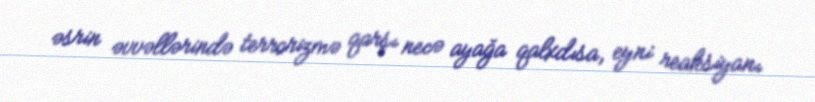
əsrin əvvəllərində terrorizmə qarşı necə ayağa qalxdısa, eyni reaksiyanı